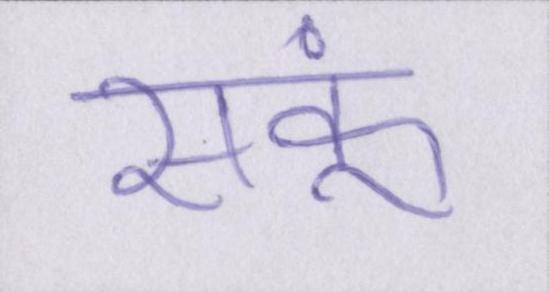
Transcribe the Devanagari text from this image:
सकूं